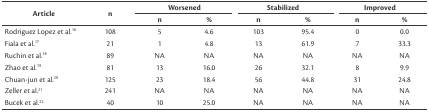
<table><thead><tr><td rowspan="2"><b>Article</b></td><td rowspan="2"><b>n</b></td><td colspan="2"><b>Worsened</b></td><td colspan="2"><b>Stabilized</b></td><td colspan="2"><b>Improved</b></td></tr><tr><td><b>n</b></td><td><b>%</b></td><td><b>n</b></td><td><b>%</b></td><td><b>n</b></td><td><b>%</b></td></tr></thead><tbody><tr><td>Rodriguez Lopez et al.16</td><td>108</td><td>5</td><td>4.6</td><td>103</td><td>95.4</td><td>0</td><td>0.0</td></tr><tr><td>Fiala et al.17</td><td>21</td><td>1</td><td>4.8</td><td>13</td><td>61.9</td><td>7</td><td>33.3</td></tr><tr><td>Ruchin et al.18</td><td>89</td><td>NA</td><td>NA</td><td>NA</td><td>NA</td><td>NA</td><td>NA</td></tr><tr><td>Zhao et al.19</td><td>81</td><td>13</td><td>16.0</td><td>26</td><td>32.1</td><td>8</td><td>9.9</td></tr><tr><td>Chuan-jun et al.20</td><td>125</td><td>23</td><td>18.4</td><td>56</td><td>44.8</td><td>31</td><td>24.8</td></tr><tr><td>Zeller et al.21</td><td>241</td><td>NA</td><td>NA</td><td>NA</td><td>NA</td><td>NA</td><td>NA</td></tr><tr><td>Bucek et al.22</td><td>40</td><td>10</td><td>25.0</td><td>NA</td><td>NA</td><td>NA</td><td>NA</td></tr></tbody></table>